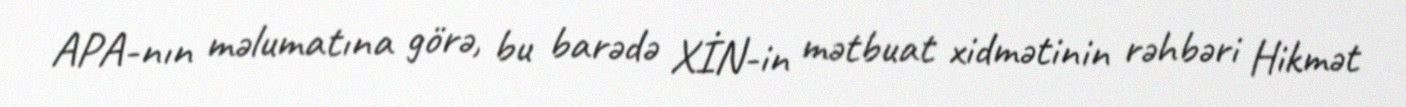
APA-nın məlumatına görə, bu barədə XİN-in mətbuat xidmətinin rəhbəri Hikmət